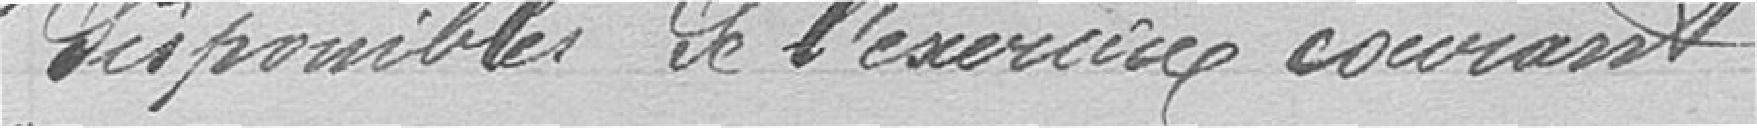
disponible de l'exercice courant.